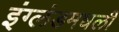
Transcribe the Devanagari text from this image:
इंग्लंडमधली